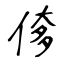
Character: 偧